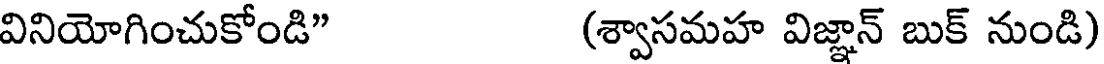
వినియోగించుకోండి" (శ్వాసమహ విజ్ఞాన్ బుక్ నుండి)